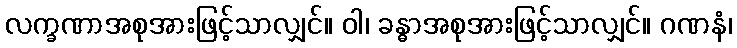
လက္ခဏာအစုအားဖြင့်သာလျှင်။ ဝါ၊ ခန္ဓာအစုအားဖြင့်သာလျှင်။ ဂဏနံ၊